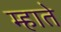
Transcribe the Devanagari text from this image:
म्हाते